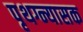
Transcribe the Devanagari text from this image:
पृथग्न्यासक